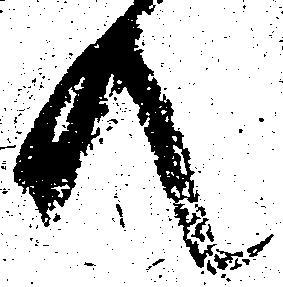
共